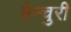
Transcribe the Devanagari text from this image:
वेन्चुरी